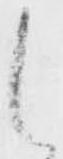
候